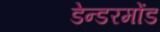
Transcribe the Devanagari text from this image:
डेन्डरमोंड